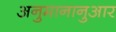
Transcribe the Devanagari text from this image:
अनुमानानुआर